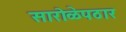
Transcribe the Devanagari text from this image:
सारोळेपठार